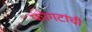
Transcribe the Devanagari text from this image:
फोगटांची